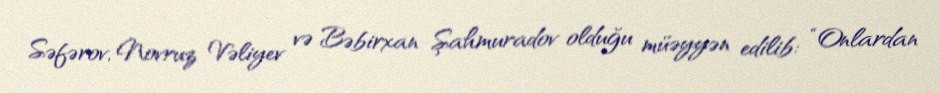
Səfərov, Novruz Vəliyev və Bəbirxan Şahmuradov olduğu müəyyən edilib: “Onlardan